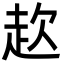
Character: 赼